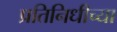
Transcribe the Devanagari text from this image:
प्रतिनिधीच्या